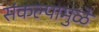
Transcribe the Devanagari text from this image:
संकल्पामुळे